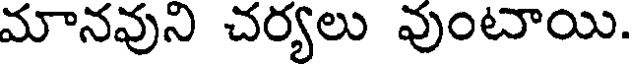
మానవుని చర్యలు వుంటాయి.